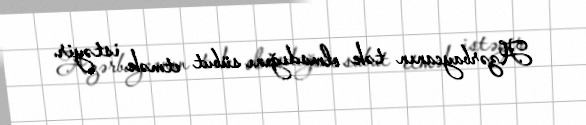
Azərbaycanın tək olmadığını sübut etmək istəyir.